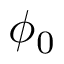
\phi _ { 0 }